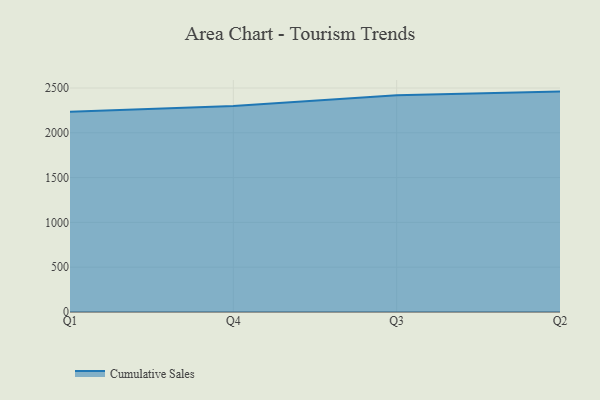
{"axis": {"x": "Quarter", "y": "Net Income (USD K)"}, "legend": ["Cumulative Sales"], "data": [{"x": "Q1", "y": 2234.4, "type": "Cumulative Sales"}, {"x": "Q4", "y": 2298.4, "type": "Cumulative Sales"}, {"x": "Q3", "y": 2418.2, "type": "Cumulative Sales"}, {"x": "Q2", "y": 2459.9, "type": "Cumulative Sales"}]}